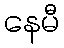
နေမီ